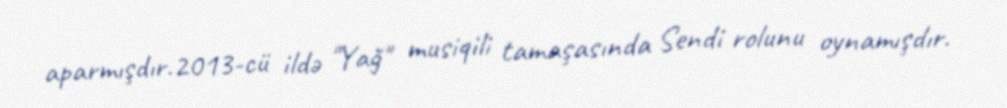
aparmışdır.2013-cü ildə "Yağ" musiqili tamaşasında Sendi rolunu oynamışdır.